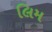
લિમ